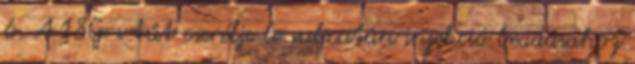
6. A 18G-s tűt cserélje le subcutan injekció beadásához